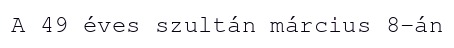
A 49 éves szultán március 8-án